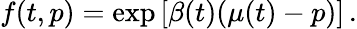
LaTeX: f(t,p)=\exp{\left[\beta(t)(\mu(t)-p)\right]}\, .